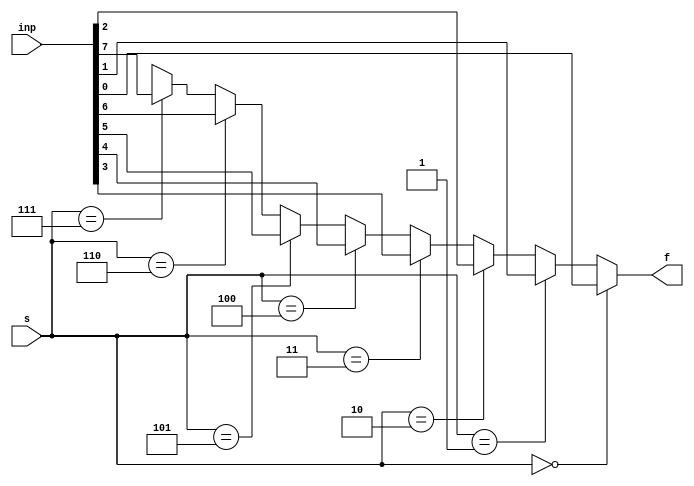
/////////Behavioral Modeling//////
module Multiplexer_method1(f, inp, s);
	input [2:0] s;
	input [7:0] inp;
	output reg f;
	
	always @(*)
	begin
		///Using if-else statements
		if(s == 3'b000)
			f = inp[0];
		else if(s == 3'b001)
			f = inp[1];
		else if(s == 3'b010)
			f = inp[2];
		else if(s == 3'b011)
			f = inp[3];
		else if(s == 3'b100)
			f = inp[4];
		else if(s == 3'b101)
			f = inp[5];
		else if(s == 3'b110)
			f = inp[6];
		else if(s == 3'b111)
			f = inp[7];
		else //default
			f = 1'bx;
		
	
	end 
	
endmodule
////////////////////////////////////////////////////////

/////////Behavioral Modeling//////
module Multiplexer_method2(f, inp, s);
	input [2:0] s;
	input [7:0] inp;
	output reg f;
	
	always @(*)
	begin
		//Using case statement
		case(s)
		3'b000:
			f = inp[0];
		3'b001:
			f = inp[1];
		3'b010:
			f = inp[2];
		3'b011:
			f = inp[3];
		3'b100:
			f = inp[4];
		3'b101:
			f = inp[5];
		3'b110:
			f = inp[6];
		3'b111:
			f = inp[7];
		default:
			f = 1'bx;
		endcase
	end 
	
endmodule
////////////////////////////////////////////////////////

/////////Behavioral Modeling//////
module Multiplexer_method5(f, inp, s);
	input [2:0] s;
	input [7:0] inp;
	output f;
	reg f;
	
	
	always @(*)
	begin
		f = (s == 3'b000) ? inp[0]:((s == 3'b001) ? (inp[1]):((s == 3'b010) ? (inp[2]):((s == 3'b011) ? (inp[3]):((s == 3'b100) ? (inp[4]):((s == 3'b101) ? (inp[5]):((s == 3'b110) ? (inp[6]): (inp[7])))))));
	end
		
endmodule






/////////Data-flow Modeling//////
module Multiplexer_method3(f, inp, s);
	input [2:0] s;
	input [7:0] inp;
	output f;
	wire f;
	wire temp0;
	wire temp1;
	wire temp2;	
	wire temp3;	
	wire temp4;	
	wire temp5;	
	wire temp6;
	wire temp7;

	assign temp0 = (inp[0])&(~s[2])&(~s[1])&(~s[0]);
	assign temp1 = (inp[1])&(~s[2])&(~s[1])&(s[0]);
	assign temp2 = (inp[2])&(~s[2])&(s[1])&(~s[0]);
	assign temp3 = (inp[3])&(~s[2])&(s[1])&(s[0]);
	assign temp4 = (inp[4])&(s[2])&(~s[1])&(~s[0]);
	assign temp5 = (inp[5])&(s[2])&(~s[1])&(s[0]);
	assign temp6 = (inp[6])&(s[2])&(s[1])&(~s[0]);
	assign temp7 = (inp[7])&(s[2])&(s[1])&(s[0]);

	assign f = temp0|temp1|temp2|temp3|temp4|temp5|temp6|temp7;   
	
endmodule


/////////Gate-level Modeling//////
module Multiplexer_method4(f, inp, s);
	input [2:0] s;
	input [7:0] inp;
	output f;
	wire f;
	
	
	bufif1 inst1(f,inp[0],(~s[2])&(~s[1])&(~s[0]));
	bufif1 inst2(f,inp[1],(~s[2])&(~s[1])&(s[0]));
	bufif1 inst3(f,inp[2],(~s[2])&(s[1])&(~s[0]));
	bufif1 inst4(f,inp[3],(~s[2])&(s[1])&(s[0]));
	bufif1 inst5(f,inp[4],(s[2])&(~s[1])&(~s[0]));
	bufif1 inst6(f,inp[5],(s[2])&(~s[1])&(s[0]));
	bufif1 inst7(f,inp[6],(s[2])&(s[1])&(~s[0]));
	bufif1 inst8(f,inp[7],(s[2])&(s[1])&(s[0]));
		
endmodule